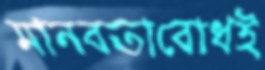
মানবতাবোধই